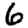
Digit: 6